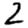
Digit: 2